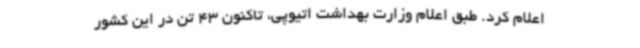
اعلام کرد. طبق اعلام وزارت بهداشت اتیوپی، تاکنون 43 تن در این کشور